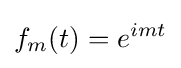
\displaystyle {f_{m}(t)=e^{imt}}